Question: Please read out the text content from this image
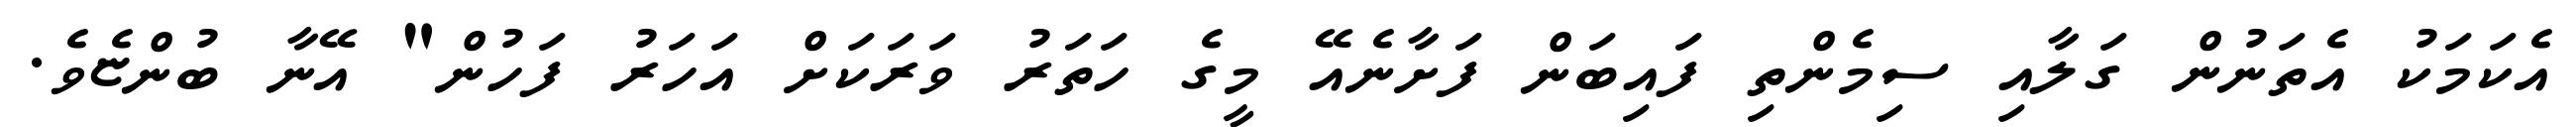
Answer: އެކަމަކު އެތަނުން ގަލާއި ސިމެންތި ފައިބަން ފަށާނެއޭ މީގެ ހަތަރު ވަރަކަށް އަހަރު ފަހުން" އޭނާ ބުންޏެވެ.